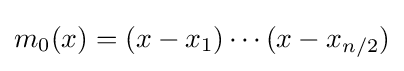
m_{0}(x)=(x-x_{1})\cdots (x-x_{n/2})